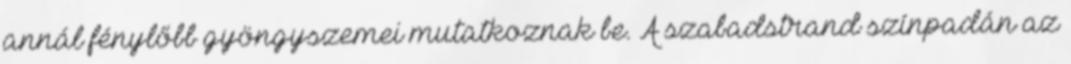
annál fénylőbb gyöngyszemei mutatkoznak be. A szabadstrand színpadán az